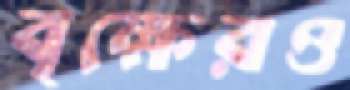
বৃক্ষেরও